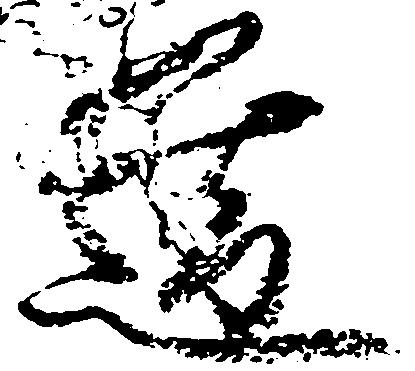
道